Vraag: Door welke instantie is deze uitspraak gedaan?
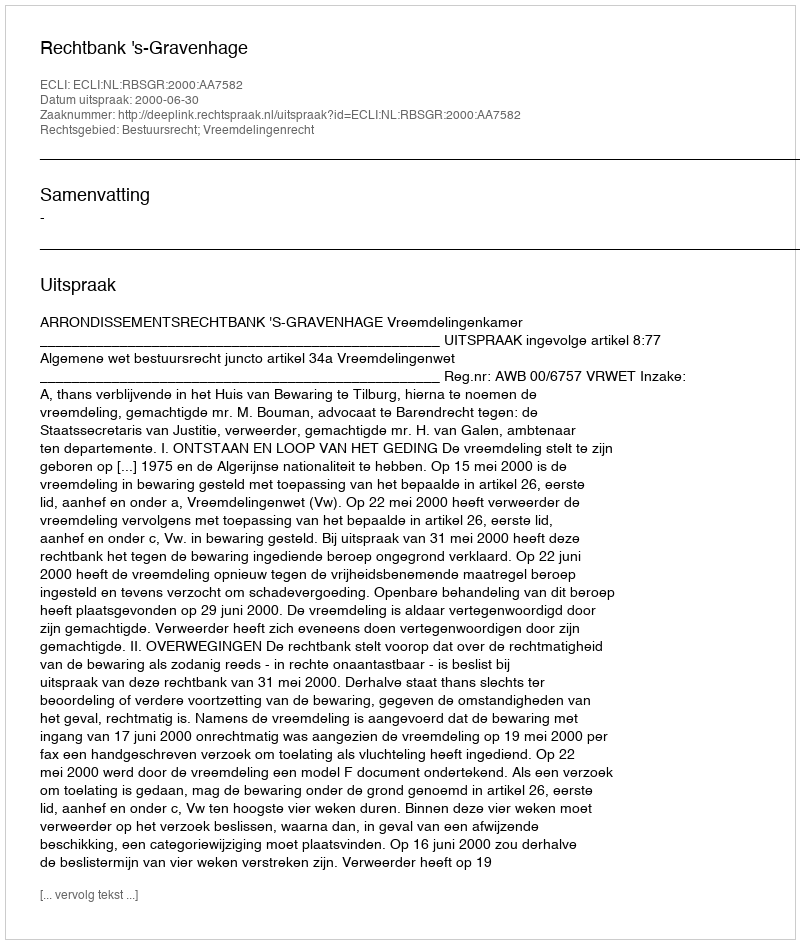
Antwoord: Rechtbank 's-Gravenhage